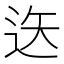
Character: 𨒔